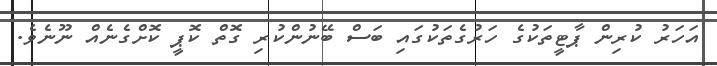
އަހަރު ކުރިން ޕާޓީތަކުގެ ހަރުގެތަކުގައި ބަސް ބޭނުންކުރި ގޮތް ކޮޕީ ކޮށްގެނެއް ނޫނެވެ.